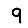
Digit: 9